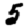
Digit: 5